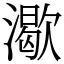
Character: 㵣